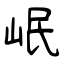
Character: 岷